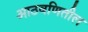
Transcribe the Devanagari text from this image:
आठवणितील